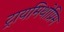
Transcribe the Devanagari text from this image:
ट्रायमिथोप्रिम